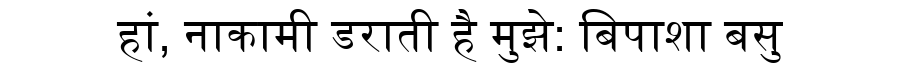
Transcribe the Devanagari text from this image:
हां, नाकामी डराती है मुझे: बिपाशा बसु